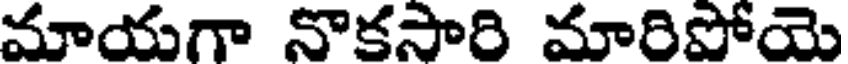
మాయగా నొకసారి మారిపోయె